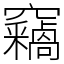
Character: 𥩈